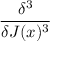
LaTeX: \frac { \delta ^ { 3 } } { \delta J ( x ) ^ { 3 } }